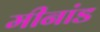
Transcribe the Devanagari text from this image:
मीनांड